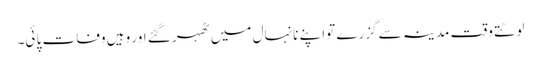
لوٹتے وقت مدینہ سے گزرے تواپنے نانہال میں ٹھہر گئے اور وہیں وفات پا ئی۔